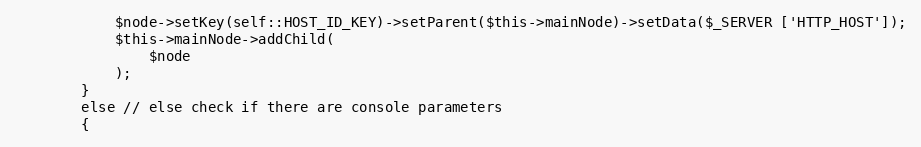
Language: PHP
            $node->setKey(self::HOST_ID_KEY)->setParent($this->mainNode)->setData($_SERVER ['HTTP_HOST']);
            $this->mainNode->addChild(
                $node
            );
        }
        else // else check if there are console parameters
        {